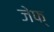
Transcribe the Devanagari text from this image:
जेफ्